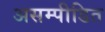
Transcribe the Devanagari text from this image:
असम्पीडित